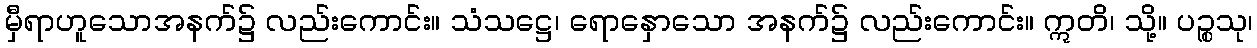
မှီရာဟူသောအနက်၌ လည်းကောင်း။ သံသဋ္ဌေ၊ ရောနှောသော အနက်၌ လည်းကောင်း။ ဣတိ၊ သို့။ ပဉ္စသု၊